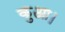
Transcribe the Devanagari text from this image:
कुआ।